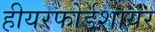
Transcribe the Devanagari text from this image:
हीयरफोर्डशायर